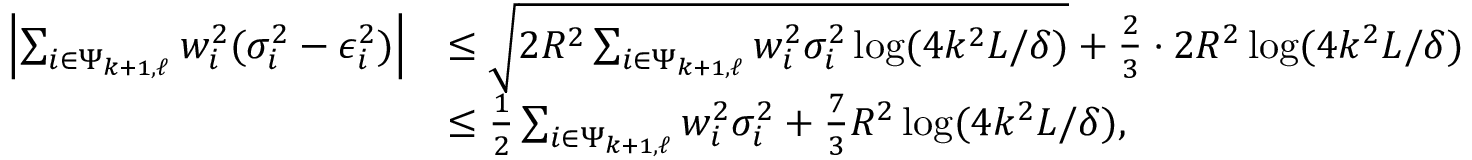
\begin{array} { r l } { \left| \sum _ { i \in \Psi _ { k + 1 , \ell } } w _ { i } ^ { 2 } ( \sigma _ { i } ^ { 2 } - \epsilon _ { i } ^ { 2 } ) \right| } & { \le \sqrt { 2 R ^ { 2 } \sum _ { i \in \Psi _ { k + 1 , \ell } } w _ { i } ^ { 2 } \sigma _ { i } ^ { 2 } \log ( 4 k ^ { 2 } L / \delta ) } + \frac { 2 } { 3 } \cdot 2 R ^ { 2 } \log ( 4 k ^ { 2 } L / \delta ) } \\ & { \le \frac { 1 } { 2 } \sum _ { i \in \Psi _ { k + 1 , \ell } } w _ { i } ^ { 2 } \sigma _ { i } ^ { 2 } + \frac { 7 } { 3 } R ^ { 2 } \log ( 4 k ^ { 2 } L / \delta ) , } \end{array}